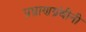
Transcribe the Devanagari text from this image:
प्रघ्राणग्रंथीनी